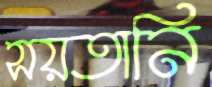
সয়তানি